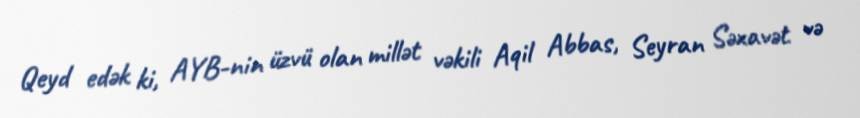
Qeyd edək ki, AYB-nin üzvü olan millət vəkili Aqil Abbas, Seyran Səxavət və